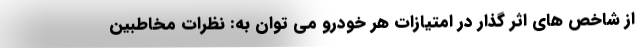
از شاخص های اثر گذار در امتیازات هر خودرو می توان به: نظرات مخاطبین